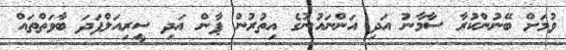
ވުމަށް ބޭނުންކުރާ ސާމާނު އަދި އަންނައުނުގެ އިތުރުން ޕާން އަދި ސީރިއަލްފަދަ ބާވަތްތައް